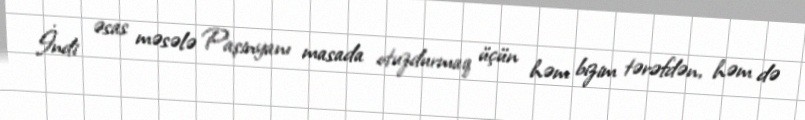
İndi əsas məsələ Paşinyanı masada otuzdurmaq üçün həm bizim tərəfdən, həm də